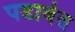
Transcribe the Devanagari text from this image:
पडावेत